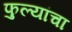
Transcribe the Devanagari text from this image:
फुल्यांचा